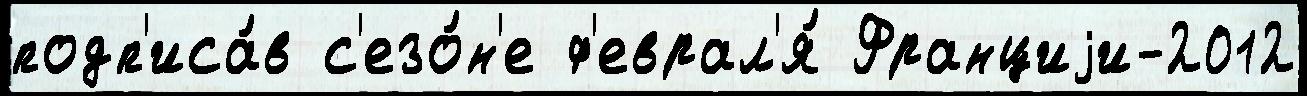
подп'иса́в с'езо́н'е ф'еврал'я́ Франциjи-2012